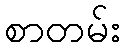
စာတမ်း